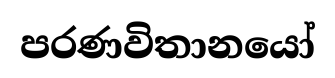
පරණවිතානයෝ